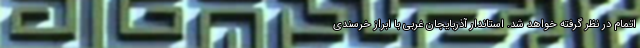
اتمام در نظر گرفته خواهد شد. استاندار آذربایجان غربی با ابراز خرسندی